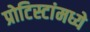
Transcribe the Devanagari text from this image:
प्रोटिस्टांमध्ये